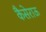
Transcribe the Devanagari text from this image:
कैसेराऊ